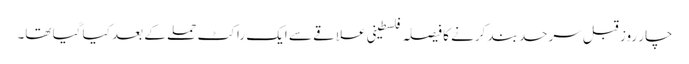
چار روز قبل سرحد بند کرنے کا فیصلہ فلسطینی علاقے سے ایک راکٹ حملے کے بعد کیا گیا تھا۔